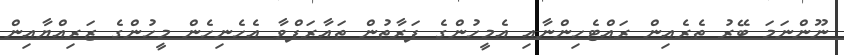
ނޫންނަމަ ބޭރު ތެރެއިން ރައްޓެހިންނާއި އެމީހުންގެ ފަރާތުން ތައާރަފްވާ އެހެނިހެން މީހުންގެ ޒަރިއްޔާއިން